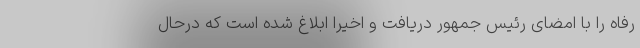
رفاه را با امضای رئیس جمهور دریافت و اخیرا ابلاغ شده است که درحال